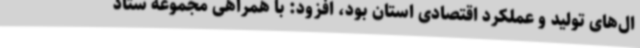
ال‌های تولید و عملکرد اقتصادی استان بود، افزود: با همراهی مجموعه ستاد